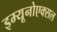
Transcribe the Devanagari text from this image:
इम्यूनोएक्सल